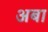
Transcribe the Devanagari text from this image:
अबा